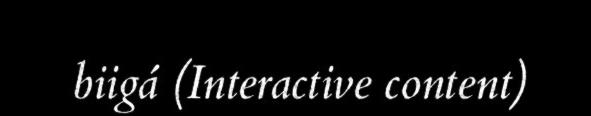
biigá (Interactive content)